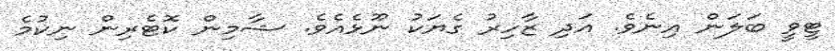
ޓީވީ ބަލަން އިނެވެ. އަދި ޒާހިރު ގެޔަކު ނޫޅެއެވެ. ޝާމިން ކޮޓެރިން ނިކުމެ